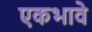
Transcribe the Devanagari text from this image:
एकभावे